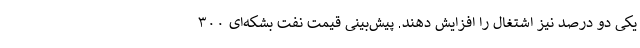
یکی دو درصد نیز اشتغال را افزایش دهند. پیش‌بینی قیمت نفت بشکه‌ای ۳۰۰